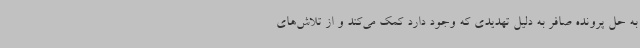
به حل پرونده صافر به دلیل تهدیدی که وجود دارد کمک می‌کند و از تلاش‌های